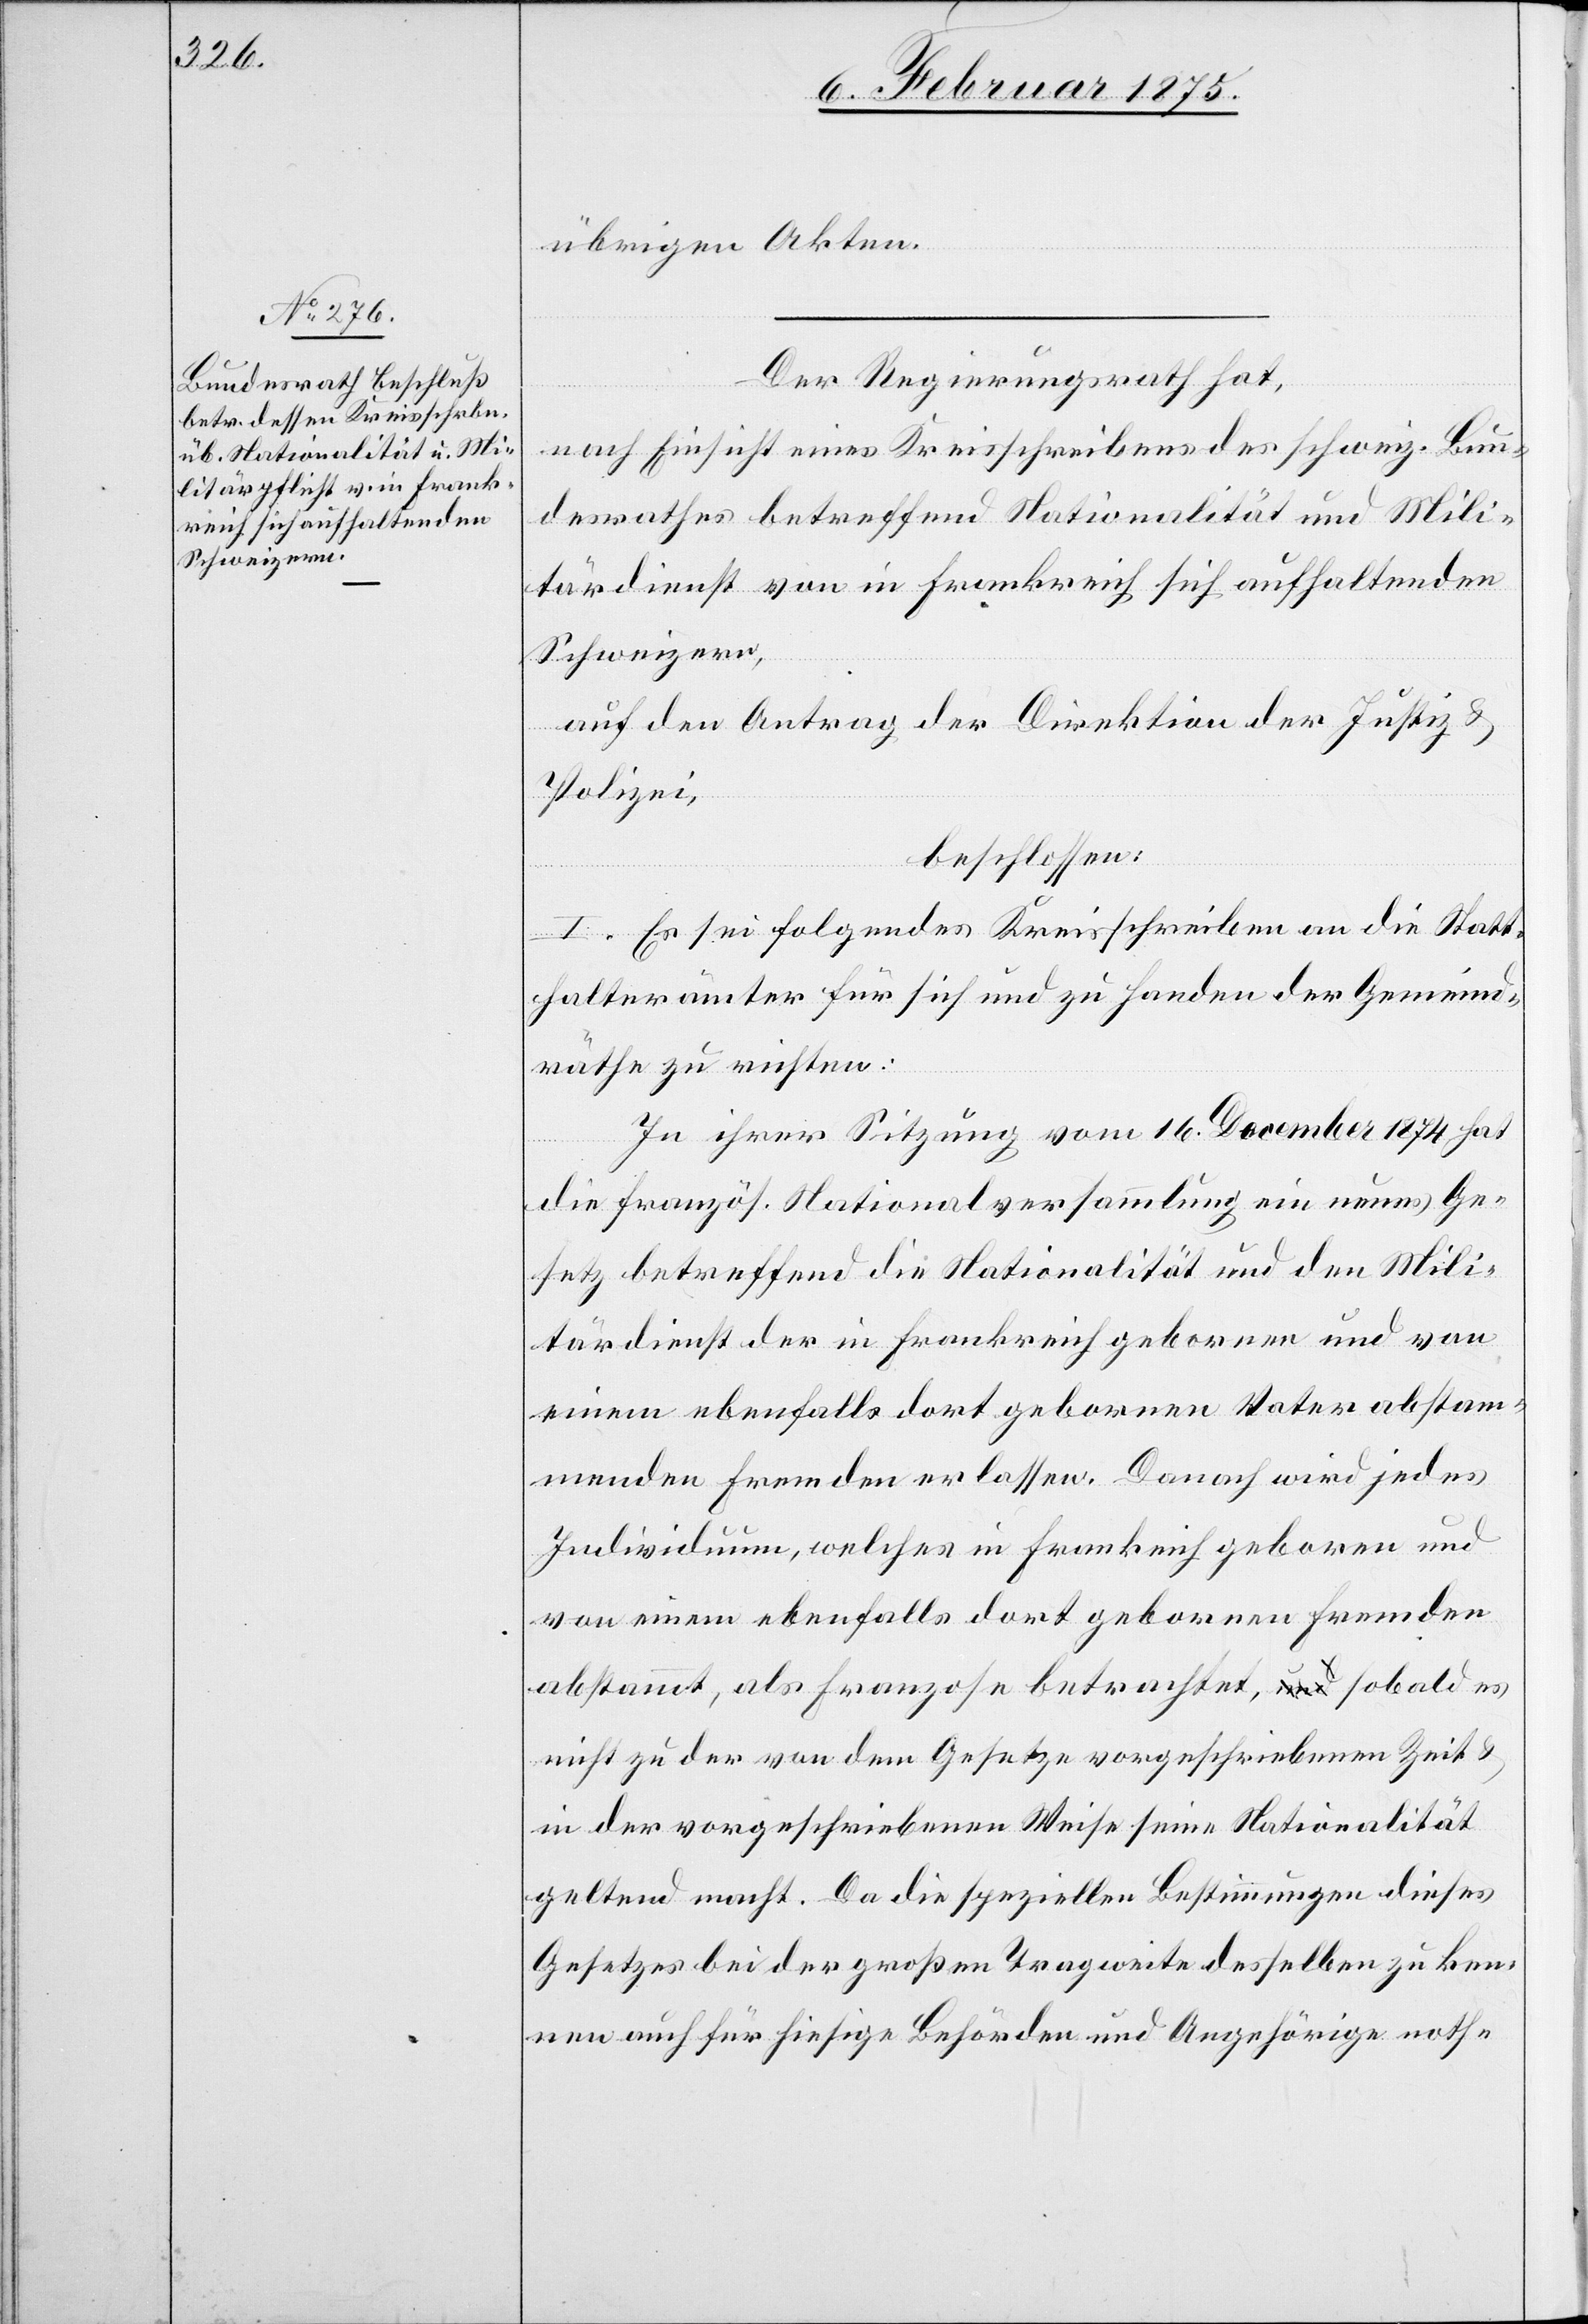
übrigen Akten.
Der Regierungsrath hat,
nach Einsicht eines Kreisschreibens des schweiz. Bun¬
desrathes betreffend Nationalität und Mili¬
tärdienst von in Frankreich sich aufhaltenden
Schweizern,
auf den Antrag der Direktion der Justiz &
Polizei,
beschlossen:
I. Es sei folgendes Kreisschreiben an die Statt¬
halterämter für sich und zu handen der Gemeind¬
räthe zu richten:
In ihrer Sitzung vom 16. December 1874 hat
die französ. Nationalversammlung ein neues Ge¬
setz betreffend die Nationalität und den Mili¬
tärdienst der in Frankreich gebornen und von
einem ebenfalls dort gebornen Vater abstam¬
menden Fremden erlassen. Danach wird jedes
Individuum, welches in Frankreich geboren und
von einem ebenfalls dort gebornen Fremden
abstammt, als Franzose betrachtet, sobald es
nicht zu der von dem Gesetze vorgeschriebenen Zeit
in der vorgeschriebenen Weise seine Nationalität
geltend macht. Da die speziellen Bestimmungen dieses
Gesetzes bei der großen Tragweite desselben zu ken¬
nen auch für hiesige Behörden und Angehörige noth-